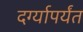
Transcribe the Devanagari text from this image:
दर्ग्यापर्यंत